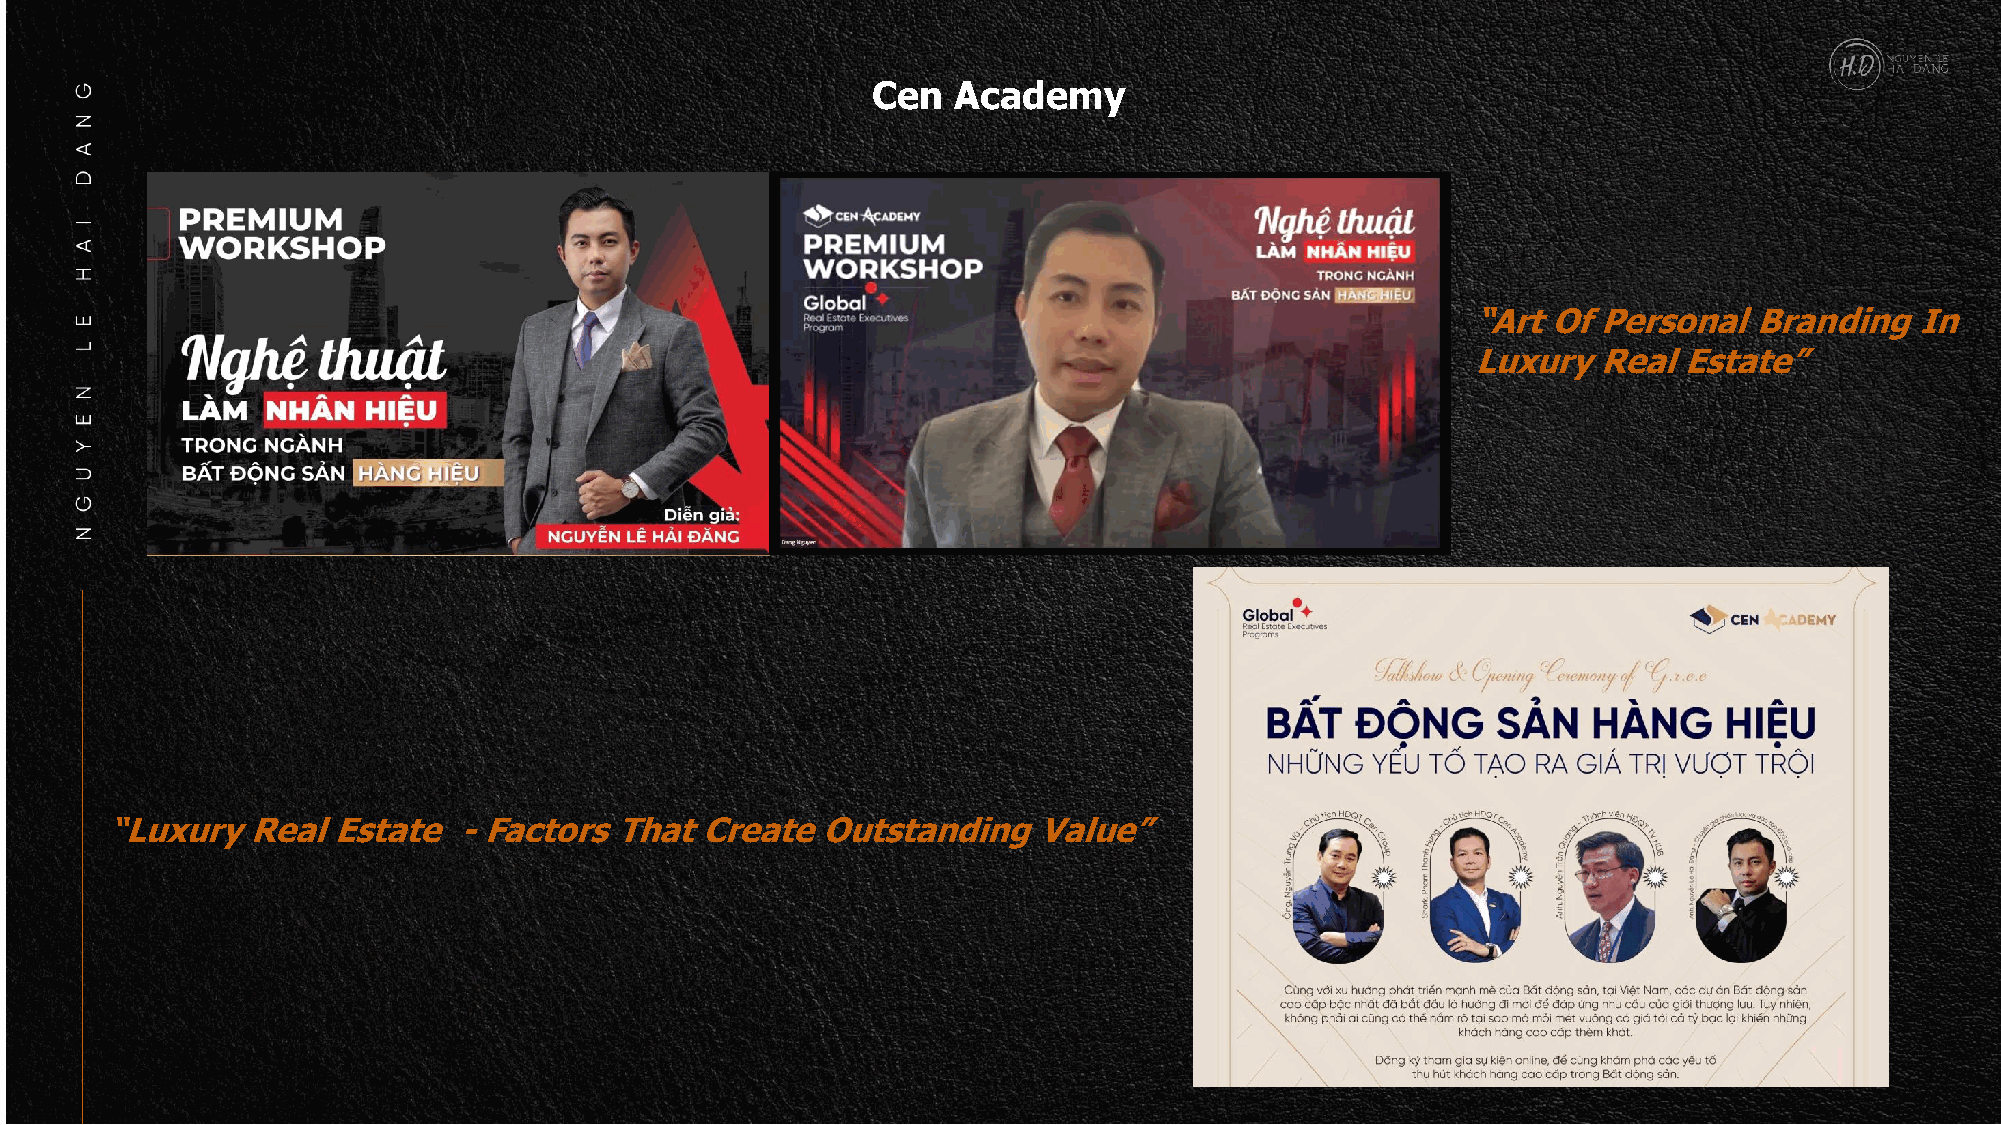
Cen  Academy
 “Art  Of Personal  Branding   In
 Luxury   Real Estate”
 “Luxury  Real  Estate  - Factors  That Create  Outstanding    Value”